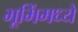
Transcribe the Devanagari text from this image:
भूमिंमध्ये